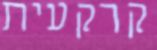
קרקעית